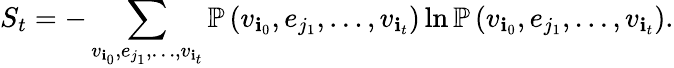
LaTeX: S_{t}=-\sum_{v_{\mathbf{i}_{0}},e_{j_{1}},\dots,v_{\mathbf{i}_{t}}}\mathbb{{P}}\left(v_{\mathbf{i}_{0}},e_{j_{1}},\dots,v_{\mathbf{i}_{t}}\right)\ln\mathbb{{P}}\left(v_{\mathbf{i}_{0}},e_{j_{1}},\dots,v_{\mathbf{i}_{t}}\right).